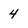
Character: 4